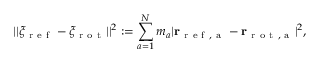
| | \xi _ { \mathrm { ~ r ~ e ~ f ~ } } - \xi _ { \mathrm { ~ r ~ o ~ t ~ } } | | ^ { 2 } : = \sum _ { a = 1 } ^ { N } m _ { a } | \mathbf { r } _ { \mathrm { ~ r ~ e ~ f ~ , ~ a ~ } } - \mathbf { r } _ { \mathrm { ~ r ~ o ~ t ~ , ~ a ~ } } | ^ { 2 } ,